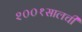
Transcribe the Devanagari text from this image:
२००१सालची